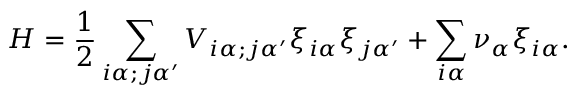
H = \frac { 1 } { 2 } \sum _ { i \alpha ; j \alpha ^ { \prime } } V _ { i \alpha ; j \alpha ^ { \prime } } \xi _ { i \alpha } \xi _ { j \alpha ^ { \prime } } + \sum _ { i \alpha } \nu _ { \alpha } \xi _ { i \alpha } .